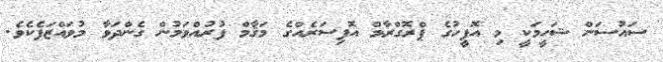
ސައުސަން ޝަހީމަކީ މި އޮފީހުގެ ޕްރޮގްރާމް އޮފިސަރެއްގެ މަޤާމް ފުރުއްވަމުން ގެންދަވާ މުވައްޒަފެކެވެ.